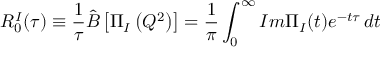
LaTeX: { \cal R } _ { 0 } ^ { I } ( \tau ) \equiv \frac { 1 } { \tau } \hat { B } \left[ \Pi _ { I } \left( Q ^ { 2 } \right) \right] = \frac { 1 } { \pi } \int _ { 0 } ^ { \infty } I m \Pi _ { I } ( t ) e ^ { - t \tau } \, d t